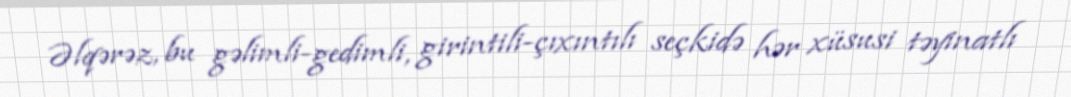
Əlqərəz, bu gəlimli-gedimli, girintili-çıxıntılı seçkidə hər xüsusi təyinatlı